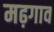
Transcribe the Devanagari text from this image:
मढ़गाव